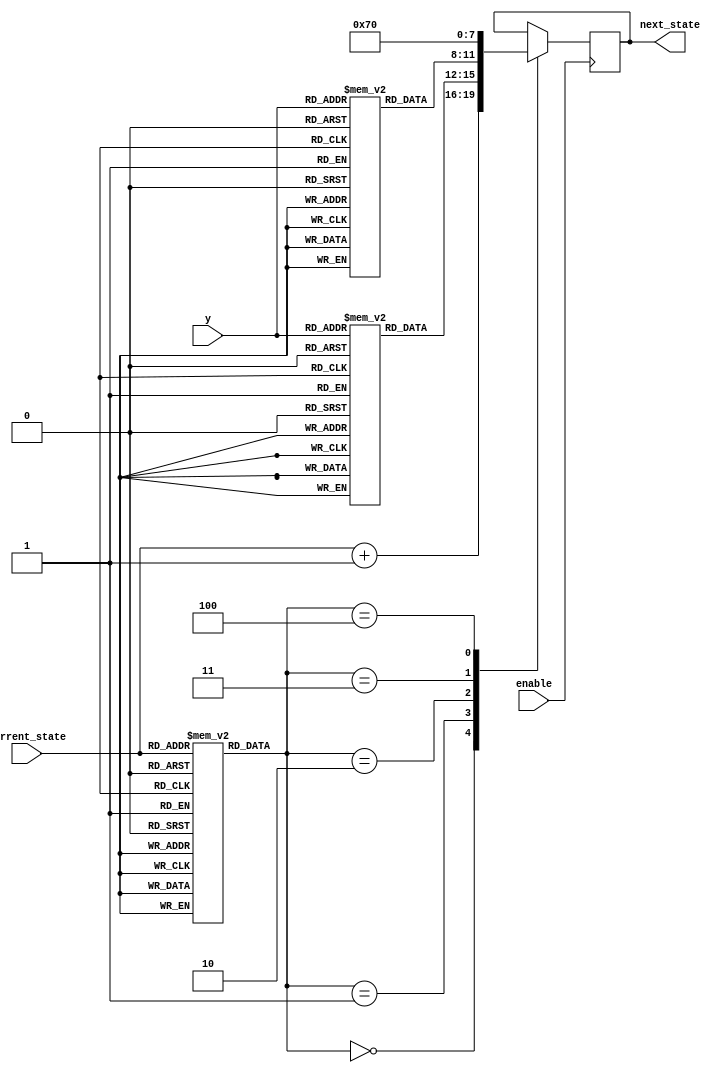
`timescale 1ns / 1ps
//////////////////////////////////////////////////////////////////////////////////
// Company: 
// Engineer: 
// 
// Design Name: 
// Module Name:    fsmLed 
// Project Name: 
// Target Devices: 
// Tool versions: 
// Description: 
//
// Dependencies: 
//
// Revision: 
// Revision 0.01 - File Created
// Additional Comments: 
//
//////////////////////////////////////////////////////////////////////////////////
module fsmLed(enable, current_state, next_state, y);
input enable;
input [1:0] y;
input [3:0] current_state;
output [3:0] next_state;
reg [3:0] next_state;

reg [2:0] microcode [0:12];
reg [3:0] drom3 [0:3];
reg [3:0] drom10 [0:3];

initial begin
	microcode[0] <= 3'b000;
	microcode[1] <= 3'b000;
	microcode[2] <= 3'b000;
	microcode[3] <= 3'b001;//S3 DROM
	microcode[4] <= 3'b011;//S7
	microcode[5] <= 3'b011;//S7
	microcode[6] <= 3'b000;
	microcode[7] <= 3'b000;
	microcode[8] <= 3'b000;
	microcode[9] <= 3'b000;
	microcode[10] <= 3'b010;//S10 ROM
	microcode[11] <= 3'b100;//S0
	microcode[12] <= 3'b100;//S0
	
	
	drom3[0] <= 4'b0100;
	drom3[1] <= 4'b0101;
	drom3[2] <= 4'b0110;
	drom3[3] <= 4'b0110;
	
	
	drom10[0] <= 4'b1011;
	drom10[1] <= 4'b1100;
	drom10[2] <= 4'b1100;
	drom10[3] <= 4'b1100;
end

always @(posedge enable) begin
	case(microcode[current_state])
		3'b000: next_state <= current_state + 1;
		3'b001: next_state <= drom3[y];
		3'b010: next_state <= drom10[y];
		3'b011: next_state <= 4'b0111;
		3'b100: next_state <= 4'b0000;
	endcase
end

endmodule